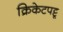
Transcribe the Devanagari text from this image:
क्रिकेटपट्टू